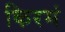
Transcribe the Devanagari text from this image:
किरमं